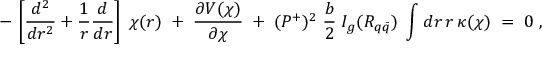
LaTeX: - \, \left[ \frac { d ^ { 2 } } { d r ^ { 2 } } + \frac { 1 } { r } \frac { d } { d r } \right] \; \chi ( r ) \; + \; \frac { \partial V ( \chi ) } { \partial \chi } \; + \; ( P ^ { + } ) ^ { 2 } \; \frac { b } { 2 } \; I _ { g } ( R _ { q \bar { q } } ) \; \int d r \, r \, \kappa ( \chi ) \; = \; 0 \; ,